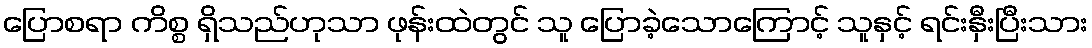
ပြောစရာ ကိစ္စ ရှိသည်ဟုသာ ဖုန်းထဲတွင် သူ ပြောခဲ့သောကြောင့် သူနှင့် ရင်းနှီးပြီးသား